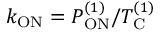
k _ { \mathrm { O N } } = P _ { \mathrm { O N } } ^ { ( 1 ) } / T _ { \mathrm { C } } ^ { ( 1 ) }